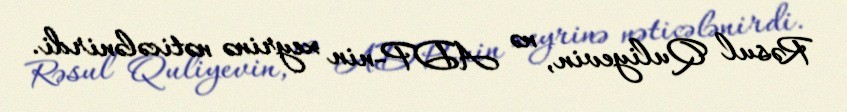
Rəsul Quliyevin, nə ADP-nin xeyrinə nəticələnirdi.